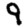
Digit: 9